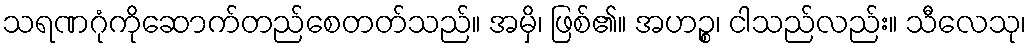
သရဏဂုံကိုဆောက်တည်စေတတ်သည်။ အမှိ၊ ဖြစ်၏။ အဟဉ္စ၊ ငါသည်လည်း။ သီလေသု၊